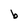
Character: b